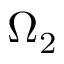
\Omega _ { 2 }